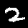
Digit: 2